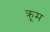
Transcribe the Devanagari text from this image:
क्रूम